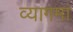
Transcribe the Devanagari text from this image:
व्यागमा